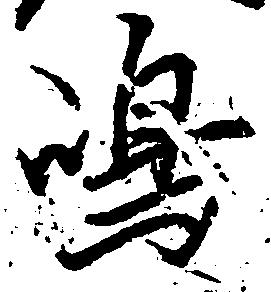
嶋